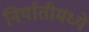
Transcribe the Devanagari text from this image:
निर्यातीमध्ये